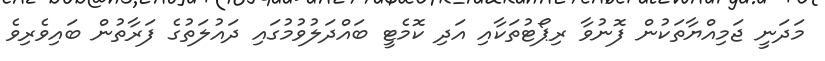
މަދަނީ ޖަމިއްޔާތަކުން ފޮނުވާ ރިޕޯޓުތަކާއި އަދި ކޮމެޓީ ބައްދަލުވުމުގައި ދައުލަތުގެ ފަރާތުން ބައިވެރިވެ